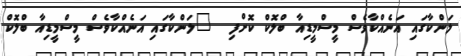
ލަންކާގައި އަނެއްކާވެސް މީސްމީޑިއާ ބްލޮކް ކޮށްފި  	ލަންކާގައި އަނެއްކާވެސް މީސްމީޑިއާ ބްލޮކް